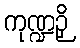
ကုဏ္ဍဉှိ